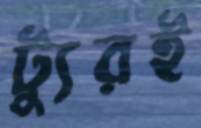
ট্যুরই